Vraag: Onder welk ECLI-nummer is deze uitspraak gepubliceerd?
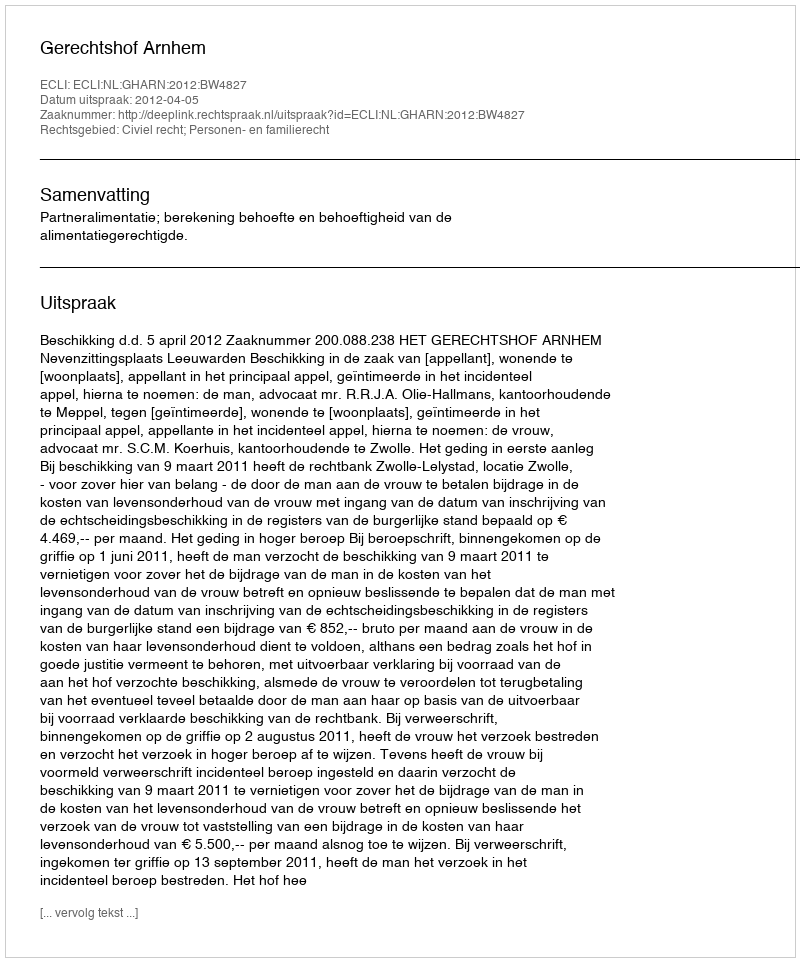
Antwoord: ECLI:NL:GHARN:2012:BW4827